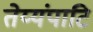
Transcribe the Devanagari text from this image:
तेय्यंपाटि